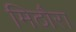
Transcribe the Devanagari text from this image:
मिठौरा